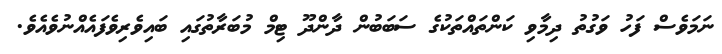
ނަމަވެސް ފަހު ވަގުތު ދިމާވި ކަންތައްތަކުގެ ސަބަބުން ދާންދޫ ޓިމް މުބަރާތުގައި ބައިވެރިވެފައެއްނުވެއެވެ.